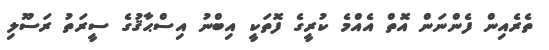
ތެރެއިން ފެންނަން އޮތް އެއްމެ ކުރީގެ ފޮތަކީ އިބްނު އިސްޙާޤުގެ ސީރަތު ރަސޫލި